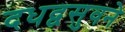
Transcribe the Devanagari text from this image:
दधद्वसुवने